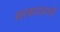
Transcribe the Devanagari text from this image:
सरकारवरची